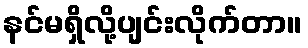
နင်မရှိလို့ပျင်းလိုက်တာ။